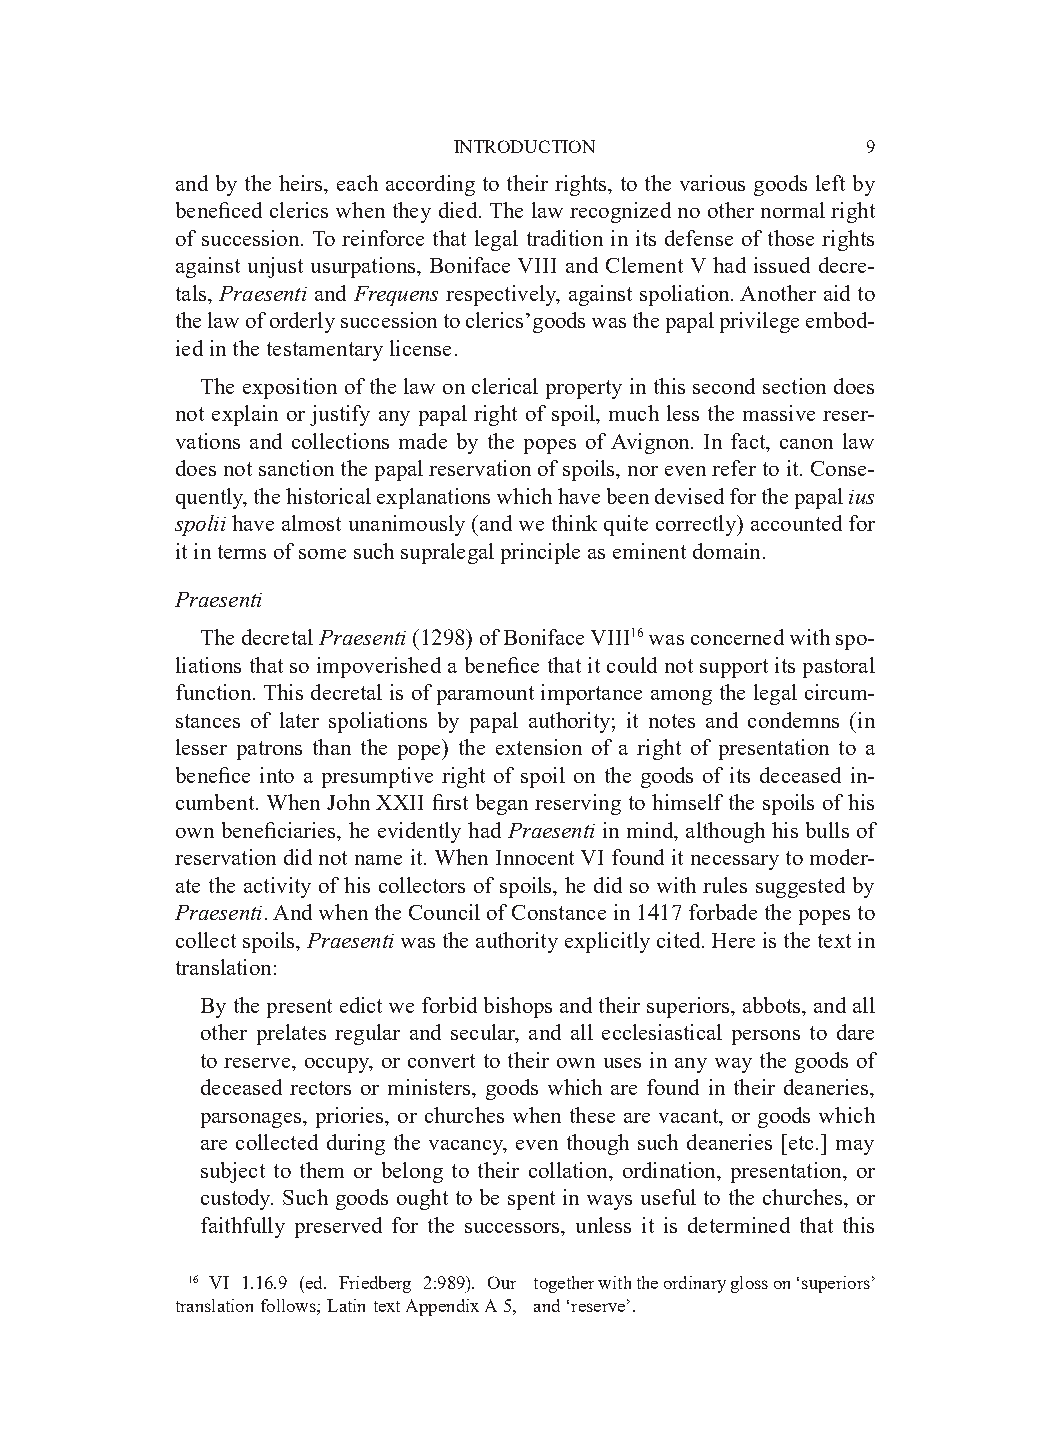
INTRODUCTION               9
 and by the heirs, each according to their rights, to the various goods left by
 beneficed clerics when they died. The law recognized no other normal right
 of succession. To reinforce that legal tradition in its defense of those rights
 against unjust usurpations, Boniface VIII and Clement V had issued decre-
 tals, Praesenti and Frequens respectively, against spoliation. Another aid to
 the law of orderly succession to clerics’goods was the papal privilege embod-
 ied in the testamentary license.
 The exposition of the law on clerical property in this second section does
 not explain or justify any papal right of spoil, much less the massive reser-
 vations and collections made by the popes of Avignon. In fact, canon law
 does not sanction the papal reservation of spoils, nor even refer to it. Conse-
 quently, the historical explanations which have been devised for the papal ius
 spolii have almost unanimously (and we think quite correctly) accounted for
 it in terms of some such supralegal principle as eminent domain.
 Praesenti
 The decretal Praesenti (1298) of Boniface VIII16 was concerned with spo-
 liations that so impoverished a benefice that it could not support its pastoral
 function. This decretal is of paramount importance among the legal circum-
 stances of later spoliations by papal authority; it notes and condemns (in
 lesser patrons than the pope) the extension of a right of presentation to a
 benefice into a presumptive right of spoil on the goods of its deceased in-
 cumbent. When John XXII first began reserving to himself the spoils of his
 own beneficiaries, he evidently had Praesenti in mind, although his bulls of
 reservation did not name it. When Innocent VI found it necessary to moder-
 ate the activity of his collectors of spoils, he did so with rules suggested by
 Praesenti. And when the Council of Constance in 1417 forbade the popes to
 collect spoils, Praesenti was the authority explicitly cited. Here is the text in
 translation:
 By the present edict we forbid bishops and their superiors, abbots, and all
 other prelates regular and secular, and all ecclesiastical persons to dare
 to reserve, occupy, or convert to their own uses in any way the goods of
 deceased rectors or ministers, goods which are found in their deaneries,
 parsonages, priories, or churches when these are vacant, or goods which
 are collected during the vacancy, even though such deaneries [etc.] may
 subject to them or belong to their collation, ordination, presentation, or
 custody. Such goods ought to be spent in ways useful to the churches, or
 faithfully preserved for the successors, unless it is determined that this
 16 VI 1.16.9 (ed. Friedberg 2:989). Our together with the ordinary gloss on ‘superiors’
 translation follows; Latin text Appendix A 5, and ‘reserve’.